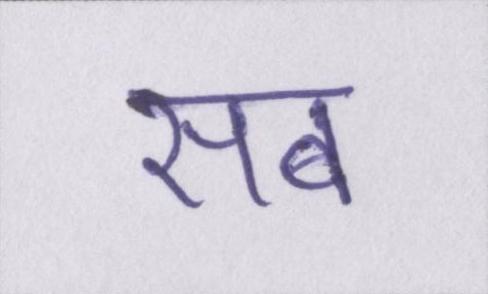
सब